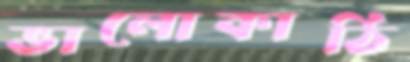
ভালোকাঠি